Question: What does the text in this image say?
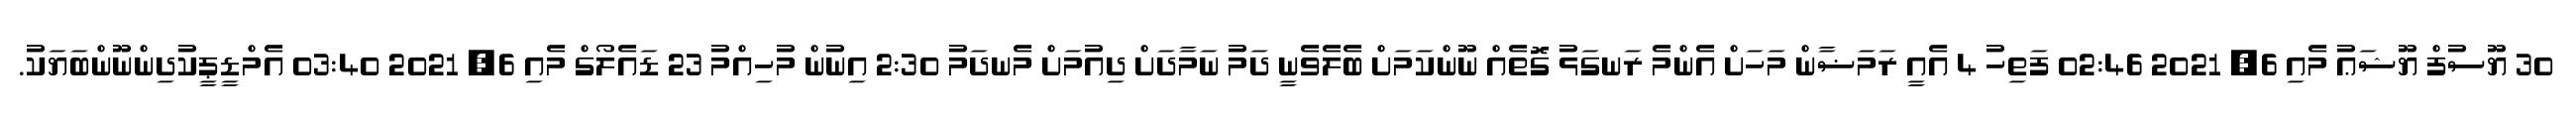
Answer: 30 ޔޫސުފް ޔޫޝަޢު މެއި 6, 2021 02:46 ފަތިހު 4 އެއީ ރަމަޟާން މަހަށް އެންމެ ރަނގަޅު ގޮތެއް ނޫންކަމަށް ބެލެވެނީ ދަމު ނަމާދަށް ދިއުމަށް މެނދަމު 2:30 އިނުން މުހިއްމު 23 ޑައެލޯގް މެއި 6, 2021 03:40 އެމްޑީޕީކުދިންނޫންބަޔަކު.